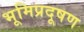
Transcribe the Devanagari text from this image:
भूमिप्रदूषण